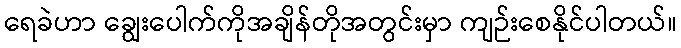
ရေခဲဟာ ချွေးပေါက်ကိုအချိန်တိုအတွင်းမှာ ကျဉ်းစေနိုင်ပါတယ်။